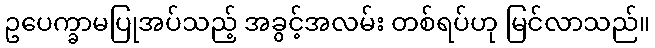
ဥပေက္ခာမပြုအပ်သည့် အခွင့်အလမ်း တစ်ရပ်ဟု မြင်လာသည်။